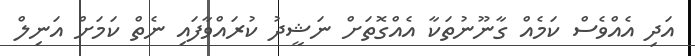
އަދި އެއްވެސް ކަމެއް ގާނޫނުތަކާ އެއްގޮތަށް ނަޝީދު ކުރައްވާފައި ނެތް ކަމަށް އަނިލް